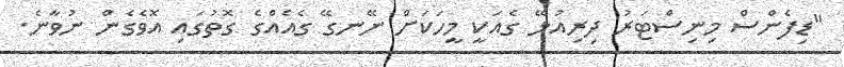
"ޑިފެންސް މިނިސްޓަރު ދިރިއުޅޭ ގެއަކީ މީހަކަށް ނޭނގޭ ގެއެއްގެ ގޮތުގައި އޮވެގެން ނުވާނެ.